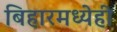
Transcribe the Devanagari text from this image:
बिहारमध्येही